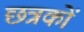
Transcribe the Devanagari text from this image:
छत्रकों